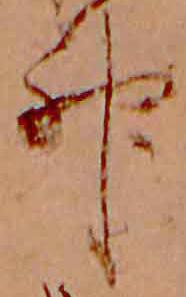
神